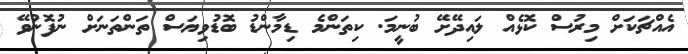
އެއްޗަކަށް މިރުސް ކޮޅެއް ލައިދޭށޭ ބުނީމަ. ކިތަންމެ ޑިމާންޑު ބޮޑުވިޔަސް ތަންތަނަށް ނުފޮނުވޭ